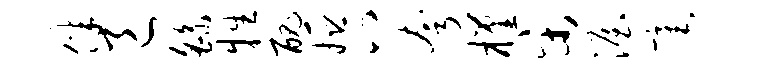
伴邑繇牲丑姬八夸槿宋渥毫